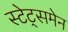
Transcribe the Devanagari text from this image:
स्टेट्समेन